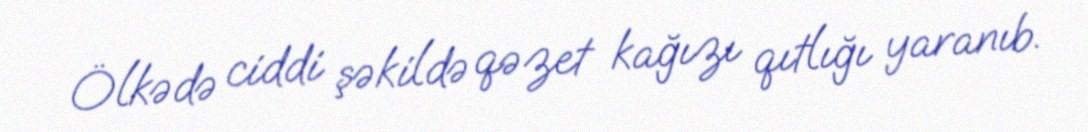
Ölkədə ciddi şəkildə qəzet kağızı qıtlığı yaranıb.